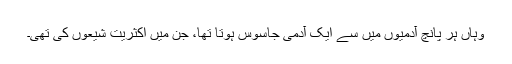
وہاں ہر پانچ آدمیوں میں سے ایک آدمی جاسوس ہوتا تھا، جن میں اکثریت شیعوں کی تھی۔